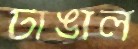
টাঙাল